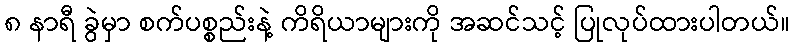
၈ နာရီ ခွဲမှာ စက်ပစ္စည်းနဲ့ ကိရိယာများကို အဆင်သင့် ပြုလုပ်ထားပါတယ်။